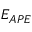
E _ { A P E }